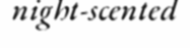
night-scented